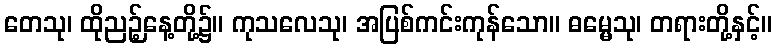
တေသု၊ ထိုညဉ့်နေ့တို့၌။ ကုသလေသု၊ အပြစ်ကင်းကုန်သော။ ဓမ္မေသု၊ တရားတို့နှင့်။